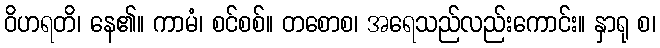
ဝိဟရတိ၊ နေ၏။ ကာမံ၊ စင်စစ်။ တစောစ၊ အရေသည်လည်းကောင်း။ နှာရု စ၊